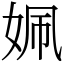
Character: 姵